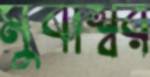
মুবাশ্বর